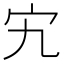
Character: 宄